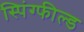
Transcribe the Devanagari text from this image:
स्पिंग्फील्ड